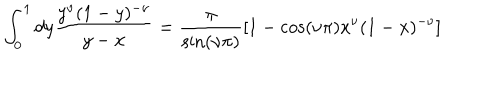
LaTeX: \int _ { 0 } ^ { 1 } d y \frac { y ^ { \nu } ( 1 - y ) ^ { - \nu } } { y - x } = \frac { \pi } { \sin ( \nu \pi ) } \left[ 1 - \cos ( \nu \pi ) x ^ { \nu } ( 1 - x ) ^ { - \nu } \right]